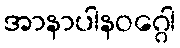
အာနာပါနဝဂ္ဂေါ